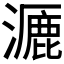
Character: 𪷝